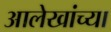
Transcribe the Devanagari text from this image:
आलेखांच्या